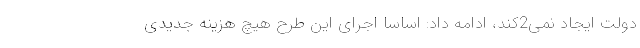
دولت ایجاد نمی2کند، ادامه داد: اساسا اجرای این طرح هیچ هزینه جدیدی